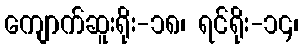
ကျောက်ဆူးရိုး-၁၈၊ ရင်ရိုး-၁၄၊